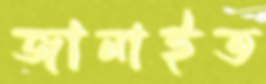
জানাইত